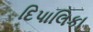
દિપાલિકા